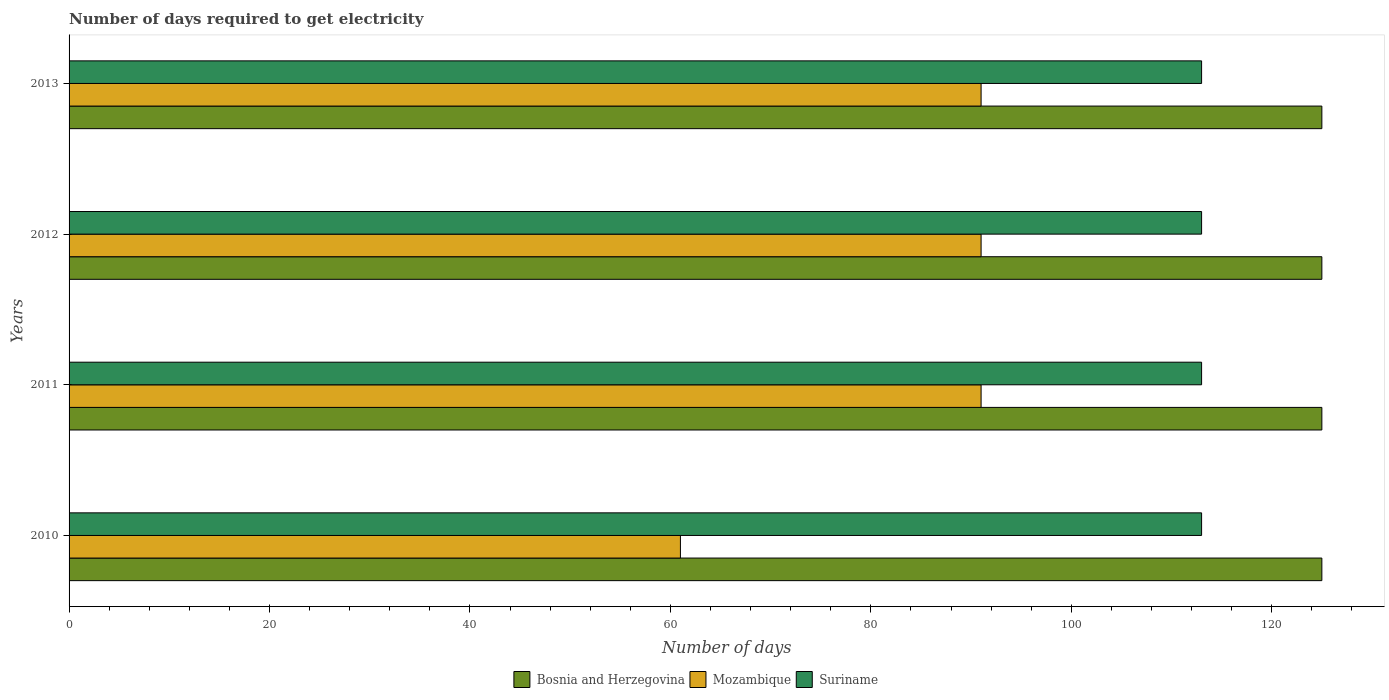
| Years | Bosnia and Herzegovina | Mozambique | Suriname |
 | --- | --- | --- | --- |
 | 2010 | 125 | 61 | 113 |
 | 2011 | 125 | 91 | 113 |
 | 2012 | 125 | 91 | 113 |
 | 2013 | 125 | 91 | 113 |